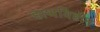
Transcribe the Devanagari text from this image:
हाथविहीन